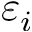
\varepsilon _ { i }